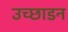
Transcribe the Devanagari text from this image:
उच्छाडन